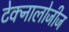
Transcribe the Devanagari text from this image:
टेक्नालोजीज